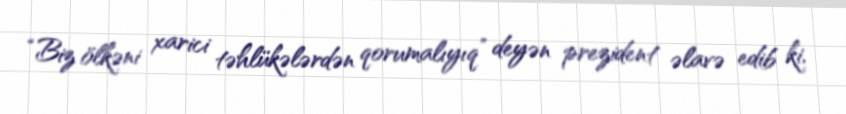
“Biz ölkəni xarici təhlükələrdən qorumalıyıq” deyən prezident əlavə edib ki,